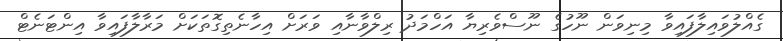
ގެއްލުވައިލާފައިވާ މިނިވަން ނޫހުގެ ނޫސްވެރިޔާ އަހްމަދު ރިލްވާނާއި ވަރަށް އިހާނެތިގޮތަކަށް މަރާލާފައިވާ އިންޓަނެޓް